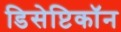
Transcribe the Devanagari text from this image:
डिसेप्टिकॉन